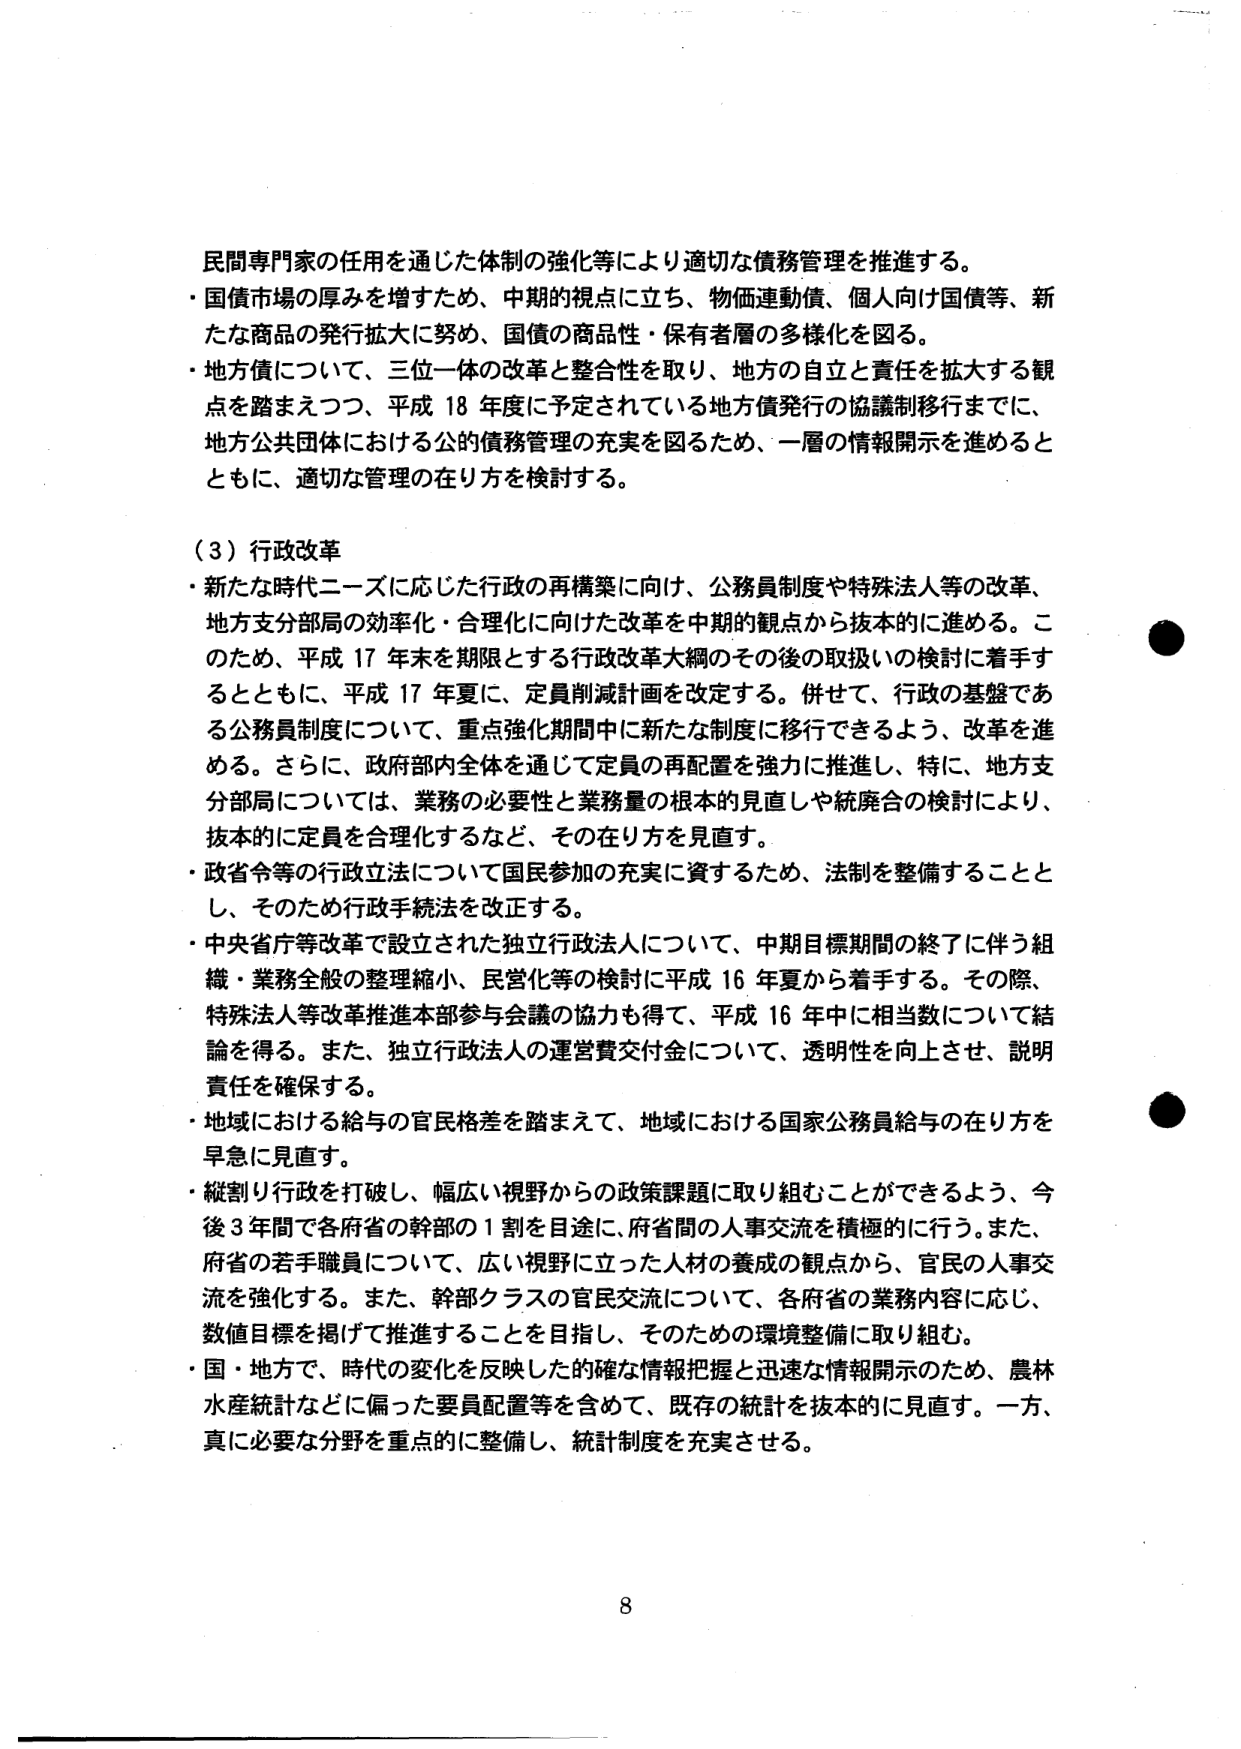
民間専門家の任用を通じた体制の強化等により適切な債務管理を推進する。
・国債市場の厚みを増すため、中期的視点に立ち、物価連動債、個人向け国債等、新たな商品の発行拡大に努め、国債の商品性・保有者層の多様化を図る。
・地方債について、三位一体の改革と整合性を取り、地方の自立と責任を拡大する観点を踏まえつつ、平成18年度に予定されている地方債発行の協議制移行までに、地方公共団体における公的債務管理の充実を図るため、一層の情報開示を進めるとともに、適切な管理の在り方を検討する。

（3）行政改革
・新たな時代ニーズに応じた行政の再構築に向け、公務員制度や特殊法人等の改革、地方支分部局の効率化・合理化に向けた改革を中期的視点から抜本的に進める。このため、平成17年末を期限とする行政改革大綱のその後の取扱いの検討に着手するとともに、平成17年夏に、定員削減計画を改定する。併せて、行政の基盤である公務員制度について、重点強化期間中に新たな制度に移行できるよう、改革を進める。さらに、政府部内全体を通じて定員の再配置を強力に推進し、特に、地方支分部局については、業務の必要性と業務量の根本的見直しや統廃合の検討により、抜本的に定員を合理化するなど、その在り方を見直す。
・政省令等の行政立法について国民参加の充実に資するため、法制を整備することとし、そのため行政手続法を改正する。
・中央省庁等改革で設立された独立行政法人について、中期目標期間の終了に伴う組織・業務全般の整理縮小、民営化等の検討に平成16年夏から着手する。その際、特殊法人等改革推進本部参与会議の協力も得て、平成16年中に相当数について結論を得る。また、独立行政法人の運営費交付金について、透明性を向上させ、説明責任を確保する。
・地域における給与の官民格差を踏まえて、地域における国家公務員給与の在り方を早急に見直す。
・縦割り行政を打破し、幅広い視野からの政策課題に取り組むことができるよう、今後3年間で各府省の幹部の1割を目途に、府省間の人事交流を積極的に行う。また、府省の若手職員について、広い視野に立った人材の養成の観点から、官民の人事交流を強化する。また、幹部クラスの官民交流について、各府省の業務内容に応じ、数値目標を掲げて推進することを目指し、そのための環境整備に取り組む。
・国・地方で、時代の変化を反映した的確な情報把握と迅速な情報開示のため、農林水産統計などに偏った要員配置等を含めて、既存の統計を抜本的に見直す。一方、真に必要な分野を重点的に整備し、統計制度を充実させる。

8